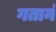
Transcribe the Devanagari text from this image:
गतानं